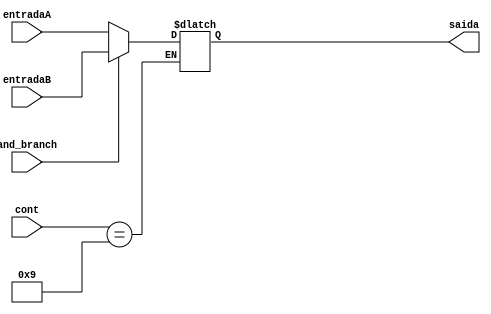
module multiplex_novopc (entradaA, entradaB, and_branch, saida, cont);
	input wire [31:0] entradaA;
	input wire [31:0] entradaB;
	input wire and_branch;
	input wire [3:0] cont;
	output reg [31:0] saida;

	always @(entradaA or entradaB) begin
		if (cont == 9) begin
			if(and_branch) begin
				saida <= entradaB;
			end else begin
				saida <= entradaA;
			end
		end
	end
endmodule